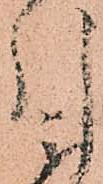
引